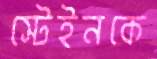
স্টেইনকে